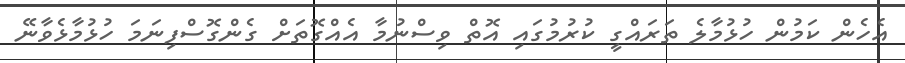
އެހެން ކަމުން ހުޅުމާލެ ތަރައްގީ ކުރުމުގައި އޮތް ވިސްނުމާ އެއްގޮތަށް ގެންގޮސްފިނަމަ ހުޅުމާޅެވާނޭ